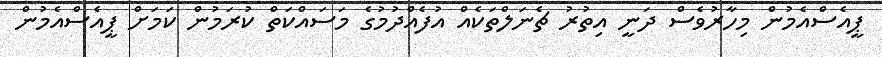
ޕީއެސްއެމުން މިހާރުވެސް ދަނީ އިތުރު ޗެނަލްތަކެއް އުފެއްދުމުގެ މަސައްކަތް ކުރަމުން ކަމަށް ޕީއެސްއެމުން